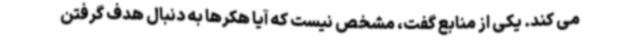
می کند. یکی از منابع گفت، مشخص نیست که آیا هکرها به دنبال هدف گرفتن